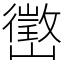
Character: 㠞